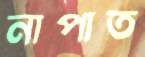
নাপাত